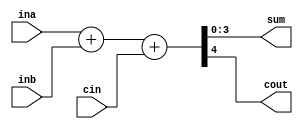
module adder_4bit(ina,inb,sum,cout,cin);
    input [3:0] ina, inb;
    input cin;
    output reg [3:0] sum;
    output reg cout;
    always@(*)
        {cout,sum} = ina + inb + cin;
endmodule